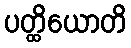
ပတ္ထိယောတိ